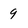
Character: 9